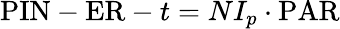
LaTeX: {\mathrm{PIN}}-{\mathrm{ER}}-t=NI_{p}\cdot{\mathrm{PAR}}